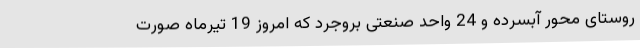
روستای محور آبسرده و 24 واحد صنعتی بروجرد که امروز 19 تیرماه صورت